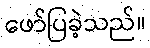
ဖော်ပြခဲ့သည်။